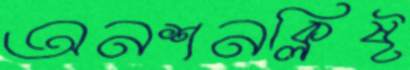
অনশনক্লিষ্ট